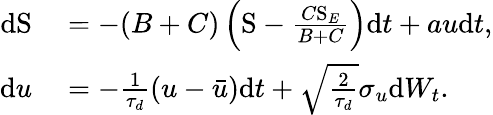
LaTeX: \begin{array}{rl}{\mathrm{d}\mathrm{S}}&{{}=-(B+C)\left(\mathrm{S}-\frac{C\mathrm{S}_{E}}{B+C}\right)\mathrm{d}t+au\mathrm{d}t,}\\ {\mathrm{d}u}&{{}=-\frac{1}{\tau_{d}}\left(u-\bar{u}\right)\mathrm{d}t+\sqrt{\frac{2}{\tau_{d}}}\sigma_{u}\mathrm{d}W_{t}.}\end{array}